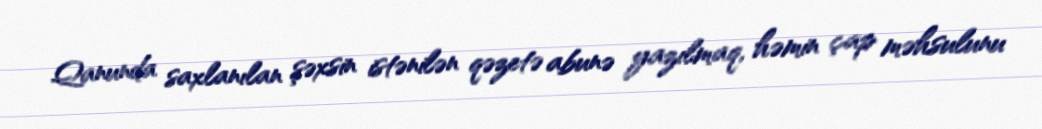
Qanunda saxlanılan şəxsin istənilən qəzetə abunə yazılmaq, həmin çap məhsulunu